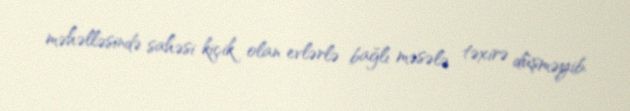
məhəlləsində sahəsi kiçik olan evlərlə bağlı məsələ təxirə düşməyib.